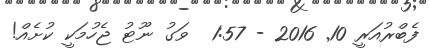
ފެބްރުއަރީ 10